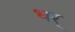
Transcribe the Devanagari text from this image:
धर्